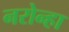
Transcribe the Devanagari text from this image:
नरोन्हा